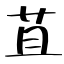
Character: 苴